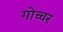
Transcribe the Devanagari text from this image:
गोच्चर